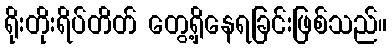
ရိုးတိုးရိပ်တိတ် တွေ့ရှိနေရခြင်းဖြစ်သည်။